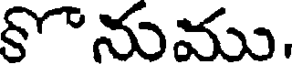
కనుము.